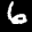
Label: 6